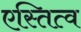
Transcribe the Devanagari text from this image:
एस्तित्व